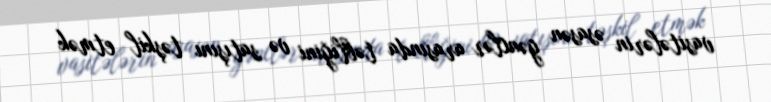
vasitələrin əsasən gənclər arasında təbliğini və satışını təşkil etmək